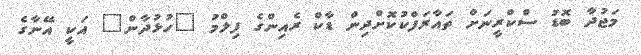
މަޖުދާ ބޮޑު ސްކްރީނަށް ތައާރަފްކުކޮށްދިން ޑާކް ރެއިންގެ ފިލްމު "ހުޅުދާން" އަކީ އޭނާގެ